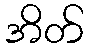
အိတ်